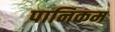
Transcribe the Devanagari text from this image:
पानिकम